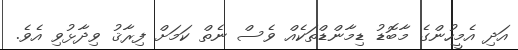
އަދި އެމީހުންގެ މާބޮޑު ޑިމާންޑްތަކެއް ވެސް ނެތް ކަމަށް ފިރާޤު ވިދާޅުވި އެވެ.